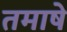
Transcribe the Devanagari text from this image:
तमाषे